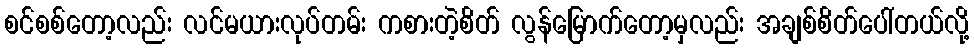
စင်စစ်တော့လည်း လင်မယားလုပ်တမ်း ကစားတဲ့စိတ် လွန်မြောက်တော့မှလည်း အချစ်စိတ်ပေါ်တယ်လို့